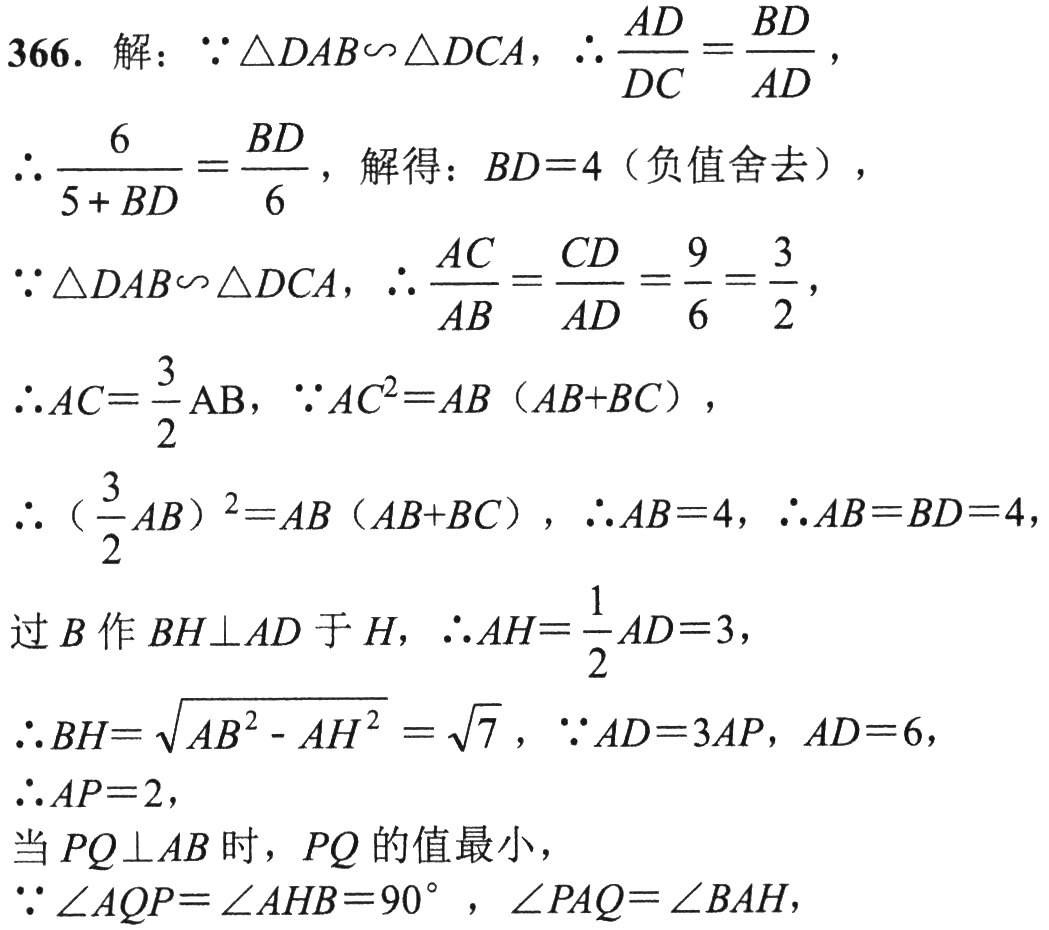
366. 解：\(\because \triangle DAB\sim\triangle DCA\)，\(\therefore \frac{AD}{DC}=\frac{BD}{AD}\)，

\(\therefore \frac{6}{5 + BD}=\frac{BD}{6}\)，解得：\(BD = 4\)（负值舍去），

\(\because \triangle DAB\sim\triangle DCA\)，\(\therefore \frac{AC}{AB}=\frac{CD}{AD}=\frac{9}{6}=\frac{3}{2}\)，

\(\therefore AC=\frac{3}{2}AB\)，\(\because AC^{2}=AB(AB + BC)\)，

\(\therefore (\frac{3}{2}AB)^{2}=AB(AB + BC)\)，\(\therefore AB = 4\)，\(\therefore AB = BD = 4\)，

过\(B\)作\(BH\perp AD\)于\(H\)，\(\therefore AH=\frac{1}{2}AD = 3\)，

\(\therefore BH=\sqrt{AB^{2}-AH^{2}}=\sqrt{7}\)，\(\because AD = 3AP\)，\(AD = 6\)，

\(\therefore AP = 2\)，

当\(PQ\perp AB\)时，\(PQ\)的值最小，

\(\because \angle AQP=\angle AHB = 90^{\circ}\)，\(\angle PAQ=\angle BAH\)，